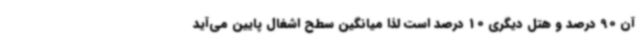
آن 90 درصد و هتل دیگری 10 درصد است لذا میانگین سطح اشغال پایین می‌آید